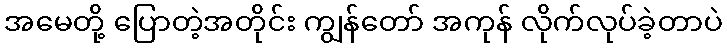
အမေတို့ ပြောတဲ့အတိုင်း ကျွန်တော် အကုန် လိုက်လုပ်ခဲ့တာပဲ